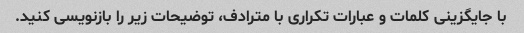
با جایگزینی کلمات و عبارات تکراری با مترادف، توضیحات زیر را بازنویسی کنید.